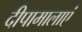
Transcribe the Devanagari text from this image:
दीपामालाएं